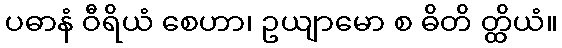
ပဓာနံ ဝီရိယံ စေဟာ၊ ဥယျာမော စ ဓိတိ တ္ထိယံ။